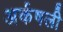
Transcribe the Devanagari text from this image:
अर्कषली